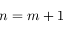
n = m + 1